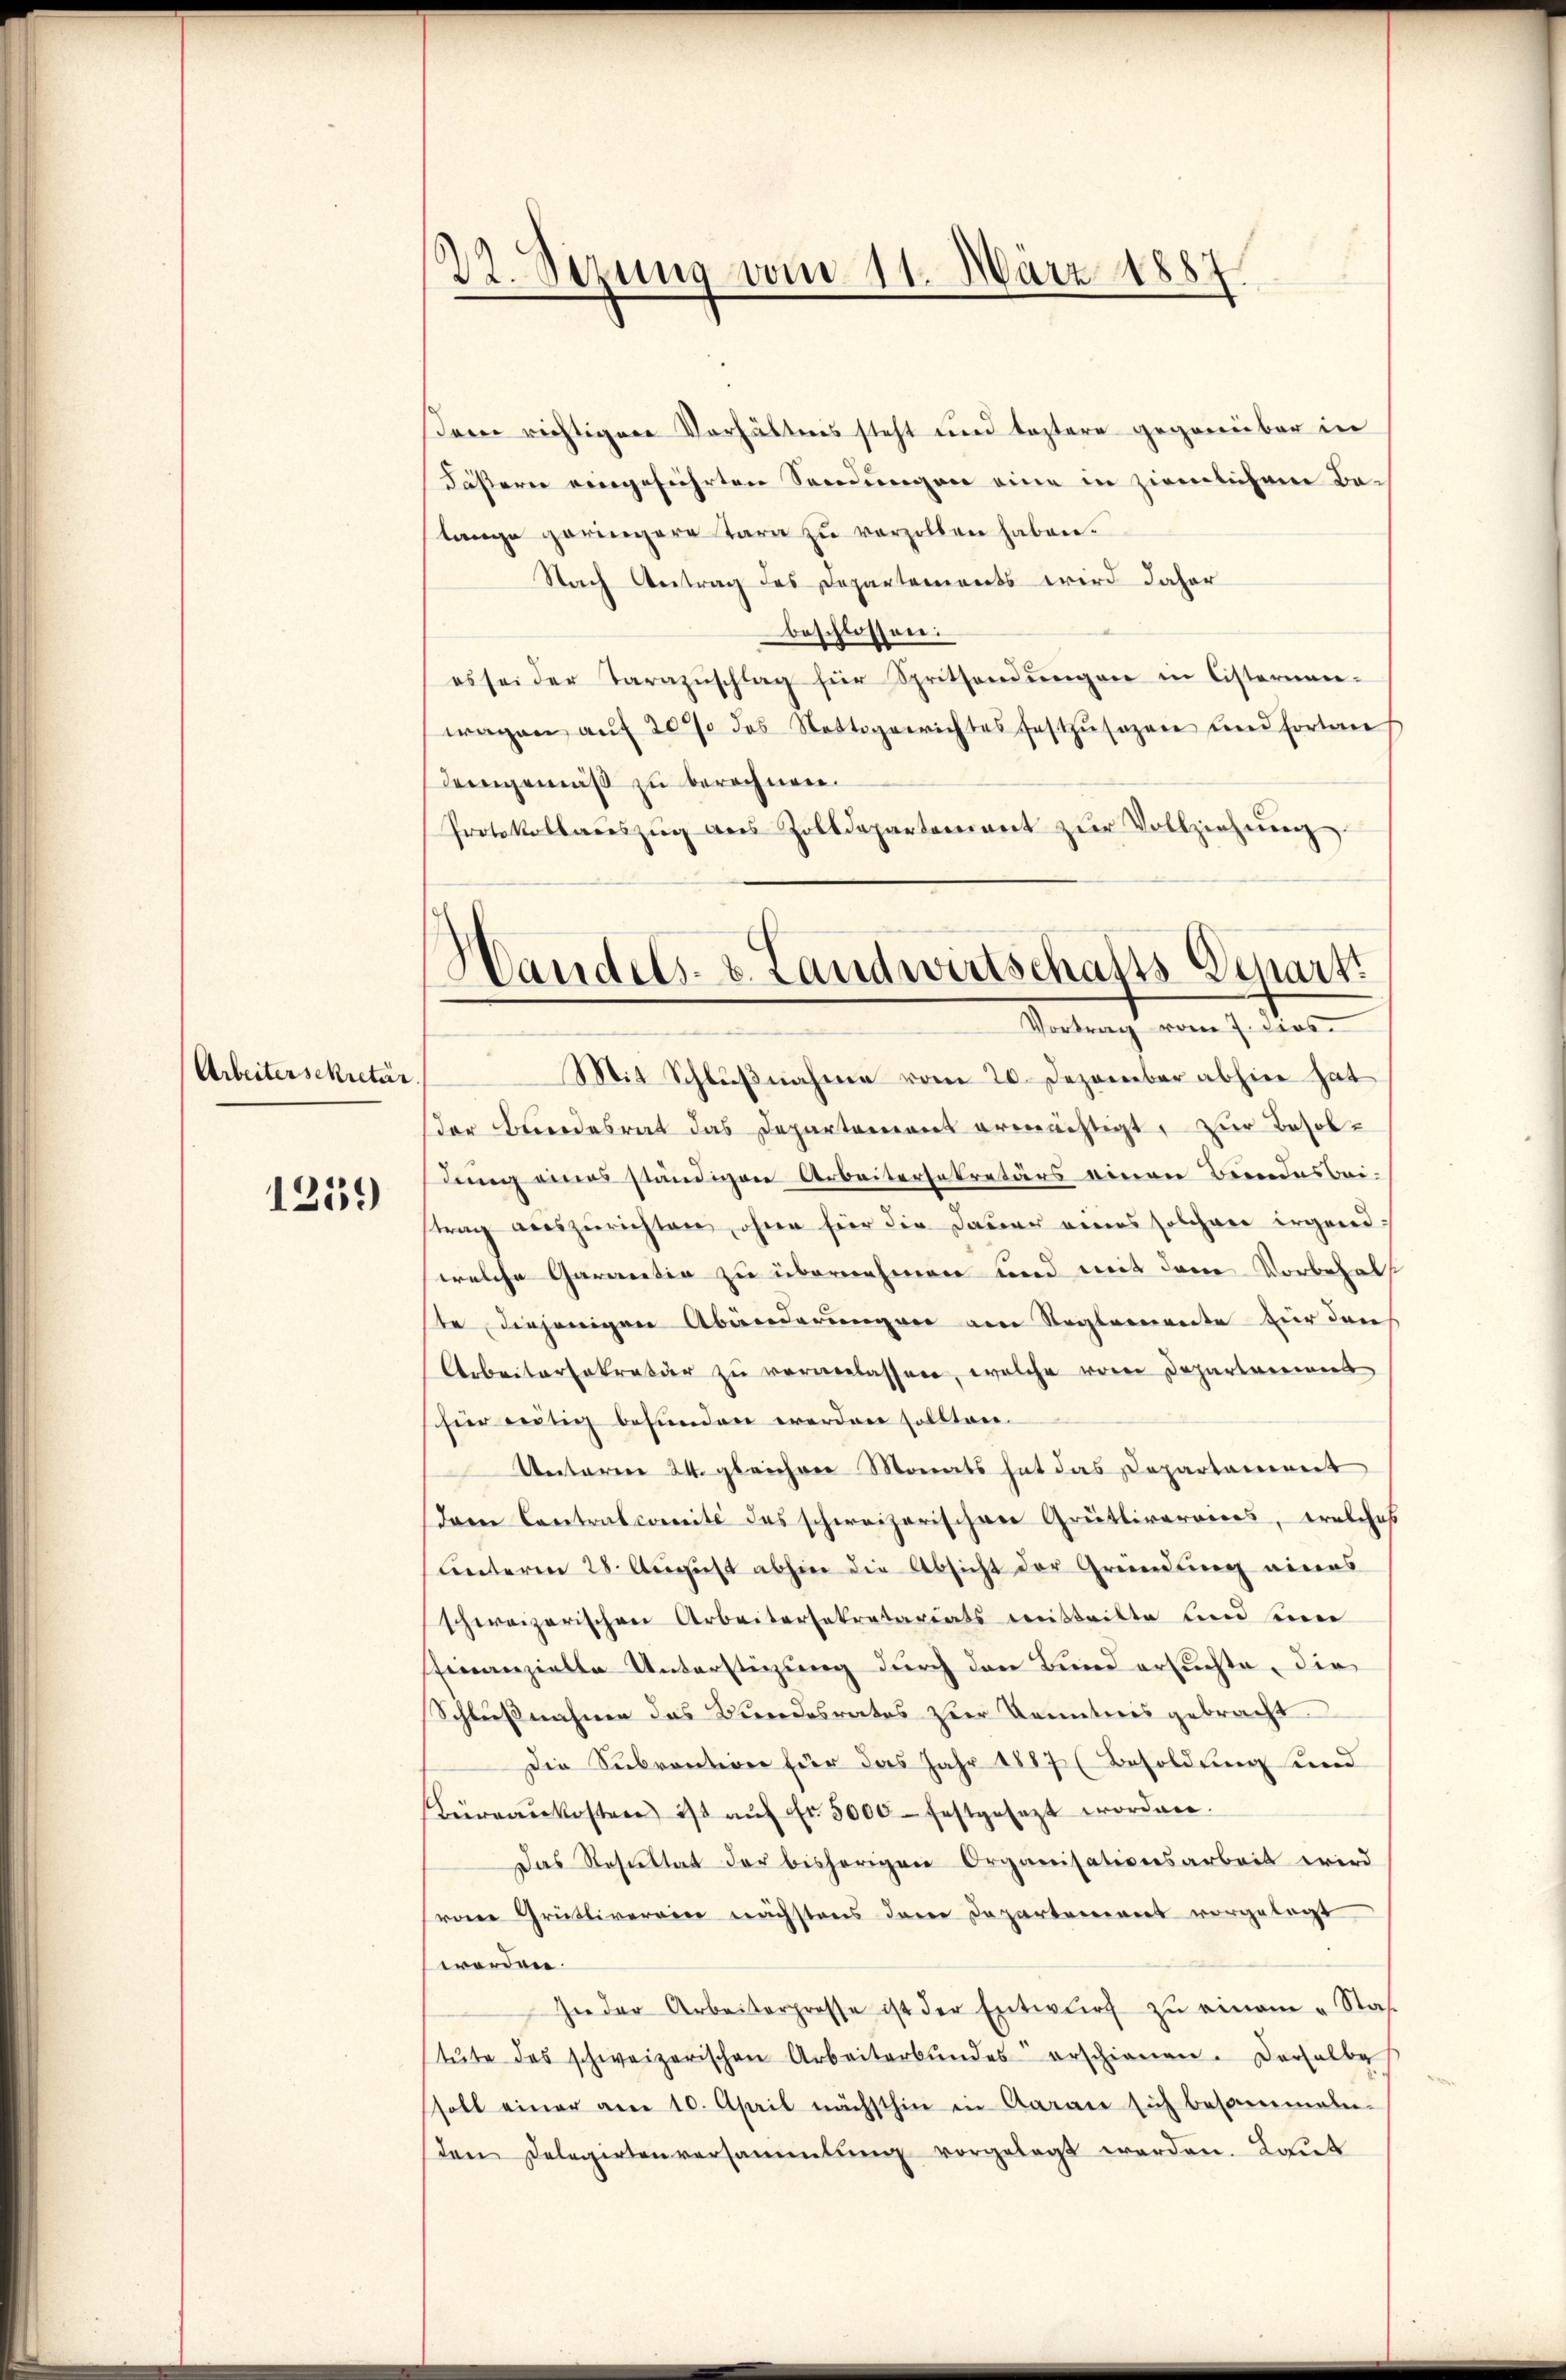
Arbeitersekretär.

1259

22. Sezung vom 11. März 1887.

Der richtigene Verhältnis steht und leztere gegenüber in
Fäßern eingeführten Sendungen eine in ziemlichem Baslange geringere Tara zu verzollen haben.
Nach Antrag des Departements wird daher
beschlossen:
es sei der Tarazŭschlag für Spritzendŭngen in Cisternen-
wagen aŭf 20 % des Nottogerichtes festzŭsezen und fortan
demgemäß zu berechnen.
Protokollaceszŭg ans Zolldepartement zŭr Vollziehŭng
Mit Schlußnahme vom 20. Dezember abhier hat
der Bundesrat das Departement ermächtigt, zur Besoldung eines ständigen Arbeitersekretärs einen Beendesbei-
trag auszurichten, ohne für die Dauer eines solcher irgend-
welche Garantia zu übernehmen und mit dem Vorbehalste, diejenigen Abänderungen am Reglemente für den
Arbeitertakratier zu vorverlassen, welche vorne Departareines
für nötig befunden worden sollten.
Unterm 24. gleichen Monats hat das Departement
Dann Contralcomité des schweizerischen Grütliverviers, welches
unterm 28. August abhin die Absicht der Gründung eines
schweizerischen Arbeitersekretariats mitteilte und eine
Einanzielle Unterstüzung durch den Bund ersuchte, die
Schlußnahme das Bundesrates zur Kenntnis gebracht.
Die Subvention für das Jahr 1887 (Besoldung und
Büreaŭkosten ist aŭf Fr. 5000 festgesezt worden.
Das Resultat der bisherigen Organisationsarbeit wird
rone Grütliverein nächstens dem Departeniret vorgelegt
werden.
In der Arbeiterprosse ist der Entwurf zŭ einem „Stas.
tŭte das schweizerischen Arbeiterbŭndes erschienen. Derselbe
ssoll einer am 10. April nächsthin in Caran sich besammel-
den Delegirtenversammlung vorgelegt werden. Laut

Handels- u. Landwirtschafts-Scharti
Vortrag vom 7. dies